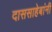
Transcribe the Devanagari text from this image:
दाससाहेबांनी